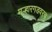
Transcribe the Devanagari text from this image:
मल्हारगडवरच